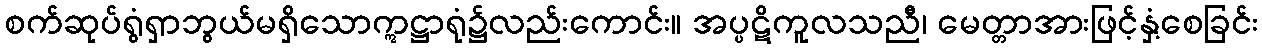
စက်ဆုပ်ရွံရှာဘွယ်မရှိသောဣဋ္ဌာရုံ၌လည်းကောင်း။ အပ္ပဋိကူလသညီ၊ မေတ္တာအားဖြင့်နှံ့စေခြင်း